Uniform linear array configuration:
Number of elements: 8
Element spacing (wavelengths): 0.75
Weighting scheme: uniform
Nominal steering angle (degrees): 60
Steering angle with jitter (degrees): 60.418
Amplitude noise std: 0.05
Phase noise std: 0.05

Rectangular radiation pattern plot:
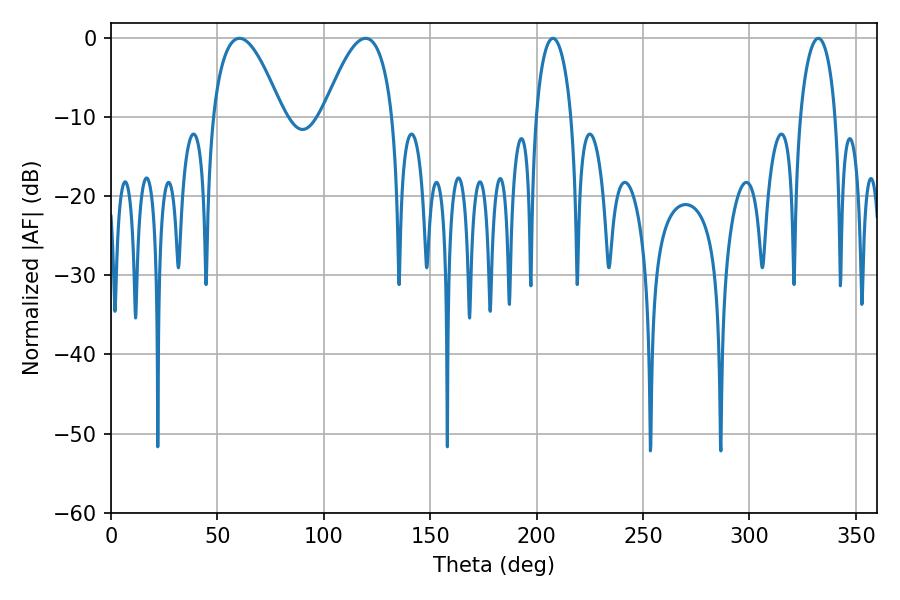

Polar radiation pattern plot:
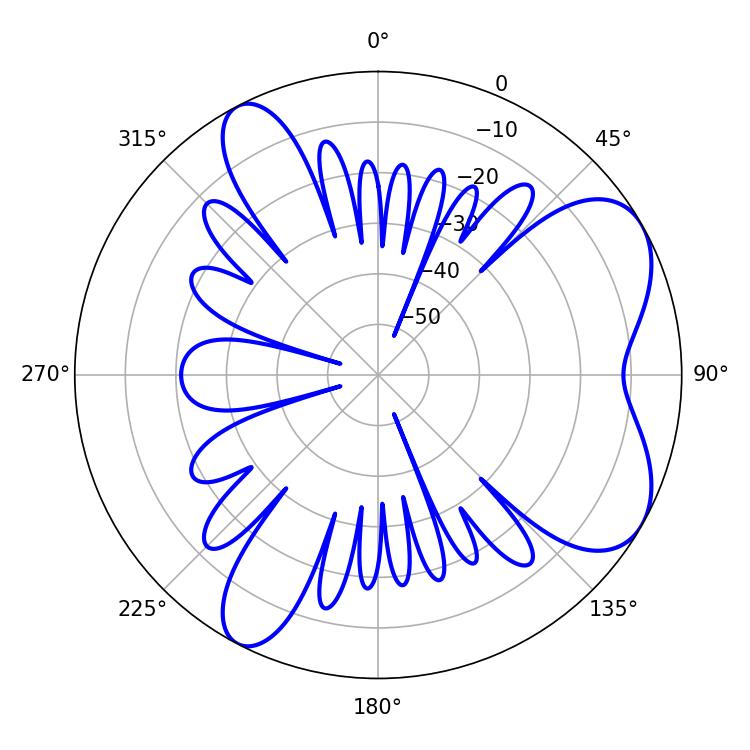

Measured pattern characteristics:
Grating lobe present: TRUE
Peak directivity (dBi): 6.586
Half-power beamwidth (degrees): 17.82
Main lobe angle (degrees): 60.3